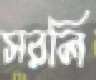
সরলি